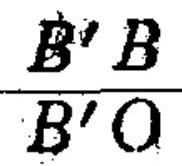
\frac{B^{\prime}B}{B^{\prime}O}